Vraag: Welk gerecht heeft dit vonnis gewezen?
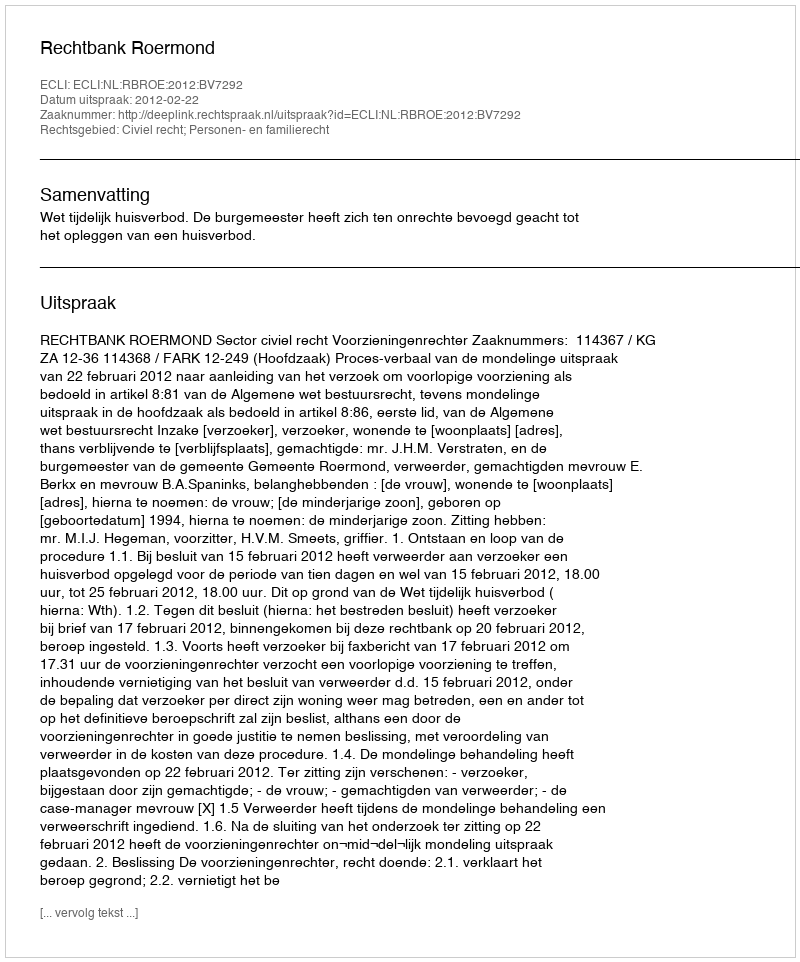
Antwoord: Rechtbank Roermond